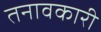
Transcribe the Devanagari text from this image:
तनावकारी